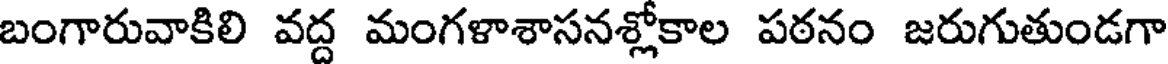
బంగారువాకిలి వద్ద మంగళాశాసనశ్లోకాల పఠనం జరుగుతుండగా